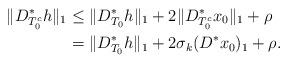
LaTeX: \begin{align*}\|D^*_{T_0^c}h\|_1&\leq\|D^*_{T_0}h\|_1+2\|D^*_{T_0^c}x_0\|_1+\rho\\&=\|D^*_{T_0}h\|_1+2\sigma_k(D^*x_0)_1+\rho.\end{align*}